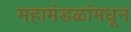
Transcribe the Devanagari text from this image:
महामंडळांमधून